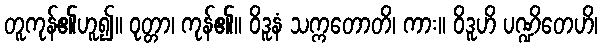
တူကုန်၏ဟူ၍။ ဝုတ္တာ၊ ကုန်၏။ ဝိဒူနံ သက္ကတောတိ၊ ကား။ ဝိဒူဟိ ပဏ္ဍိတေဟိ၊